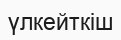
үлкейткіш